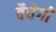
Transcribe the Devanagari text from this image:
वैधेगी